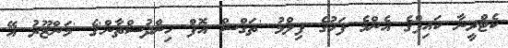
ކެޓްރީނާ ކައިފްގެ އެންމެ ފަހުގެ ފިލްމު 'ތަގްސް އޮފް ހިންދުސްތާން'ގެ 'މަންޒޫރު އޭ